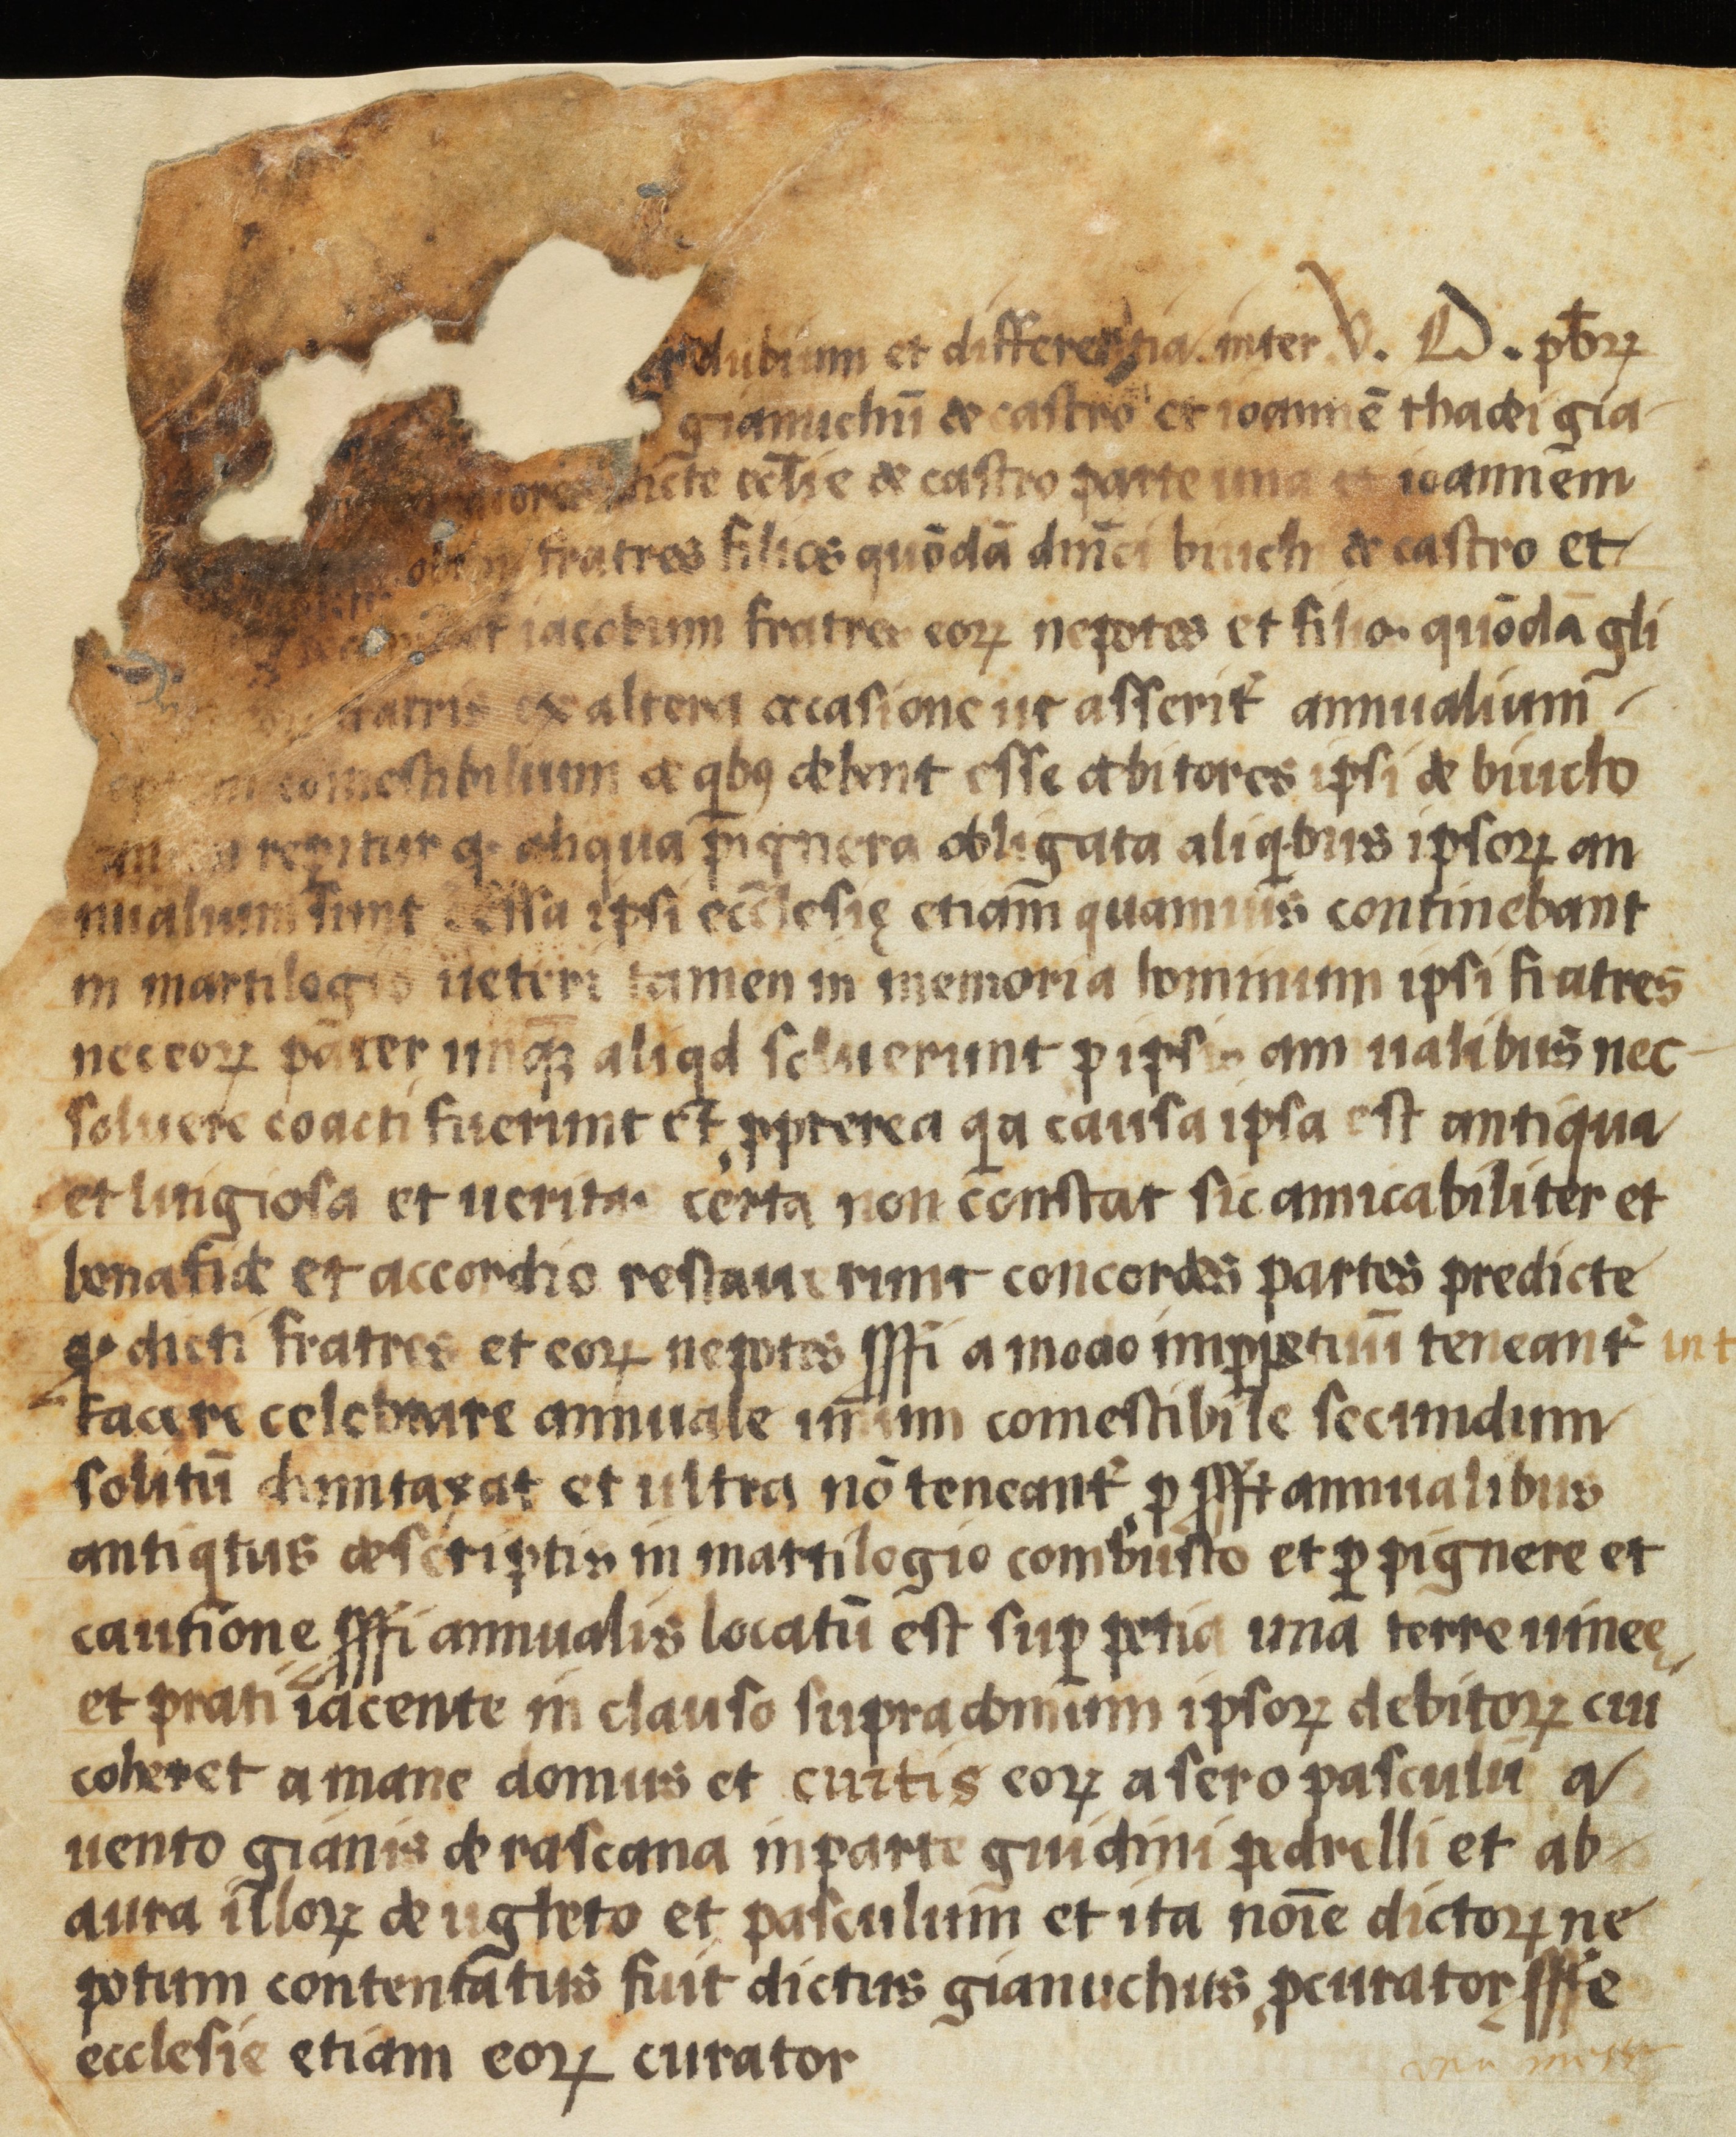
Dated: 1554–1554